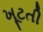
ખૂટતી